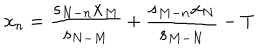
x _ { n } = \frac { s _ { N - n } x _ { M } } { s _ { N - M } } + \frac { s _ { M - n } x _ { N } } { s _ { M - N } } - T